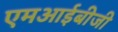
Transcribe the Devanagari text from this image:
एमआईबीजी